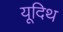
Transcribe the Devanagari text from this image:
यूदिथ